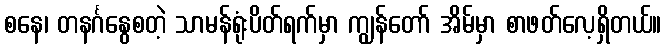
စနေ၊ တနင်္ဂနွေစတဲ့ သာမန်ရုံးပိတ်ရက်မှာ ကျွန်တော် အိမ်မှာ စာဖတ်လေ့ရှိတယ်။